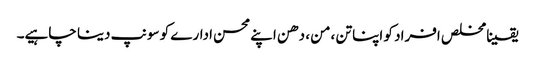
یقینا مخلص افراد کو اپنا تن ،من ، دھن اپنے محسن ادارے کو سونپ دینا چاہیے۔